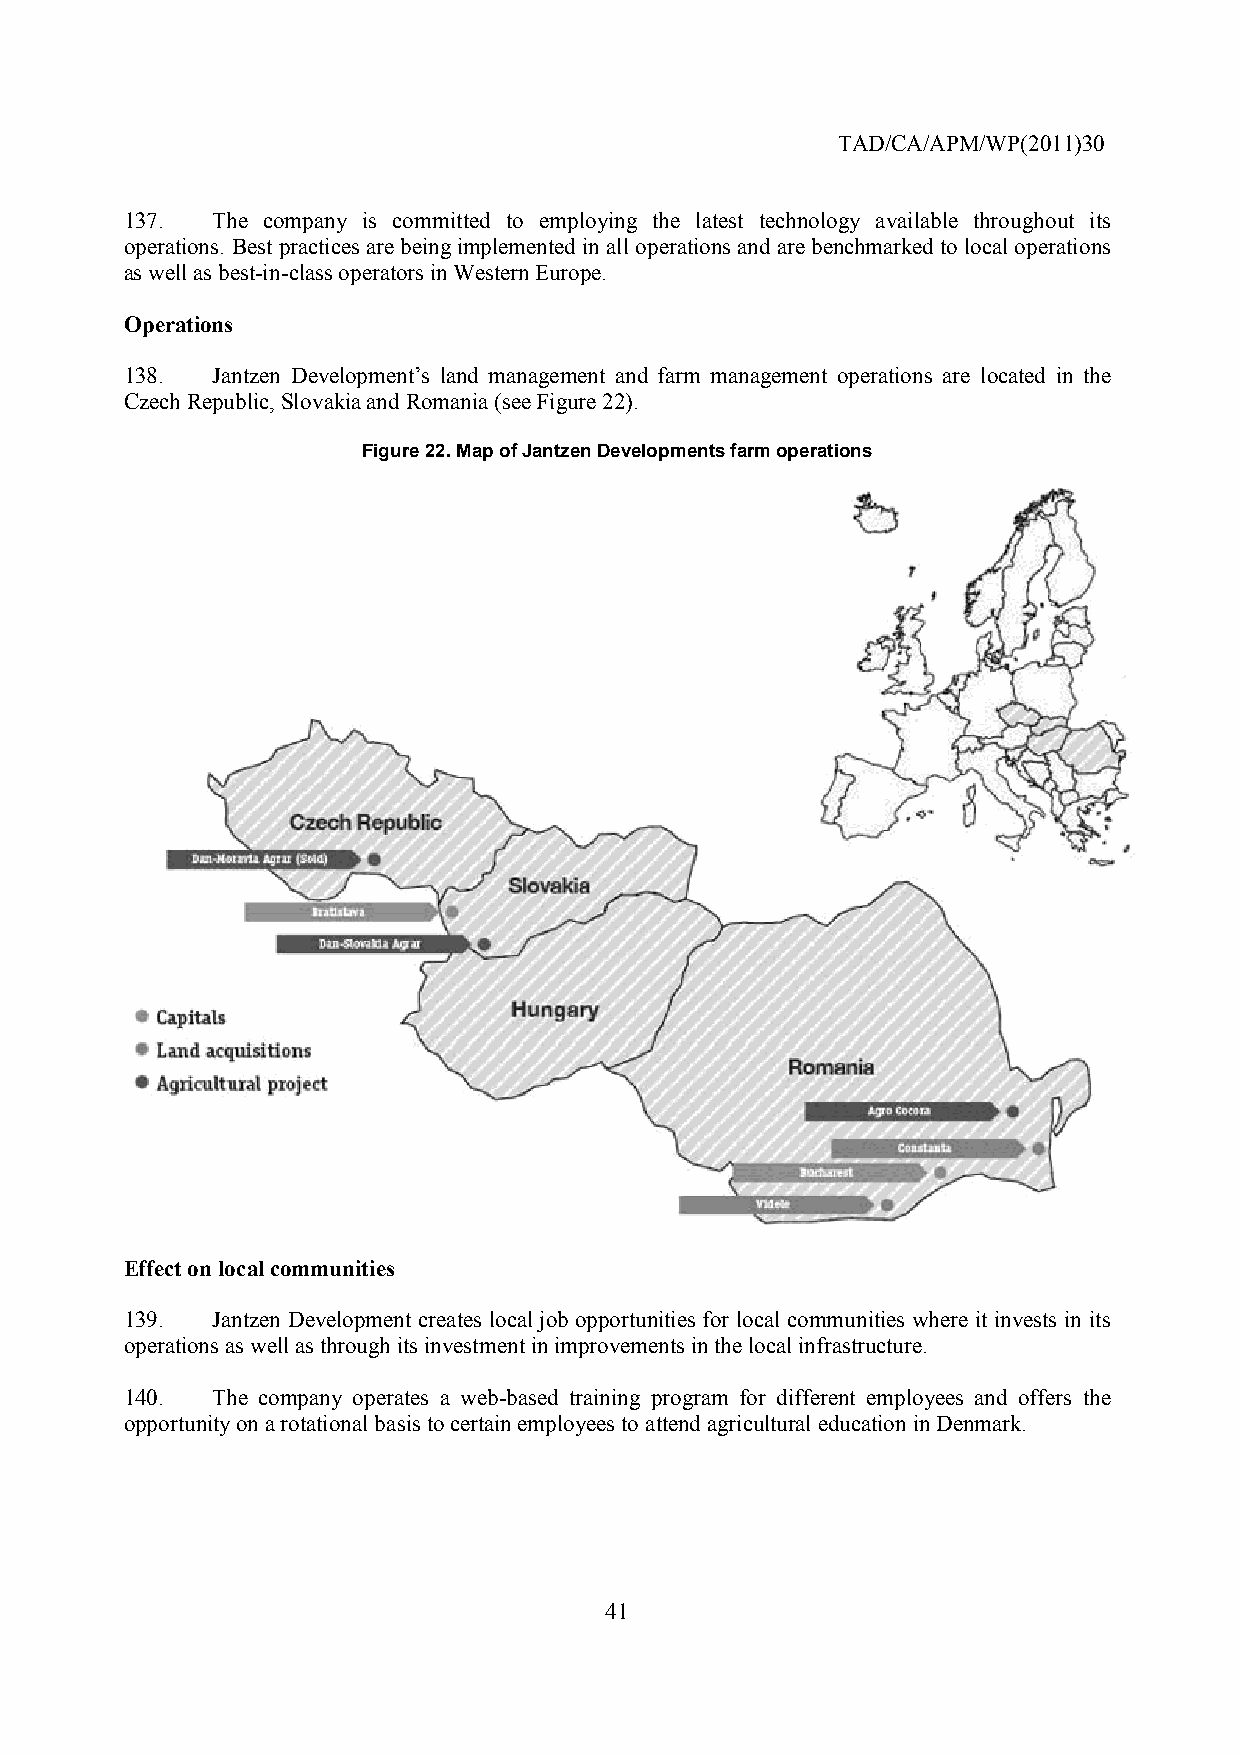
TAD/CA/APM/WP(2011)30
 137.  The company is committed to employing the latest technology available throughout its
 operations. Best practices are being implemented in all operations and are benchmarked to local operations
 as well as best-in-class operators in Western Europe.
 Operations
 138.  Jantzen Development’s land management and farm management operations are located in the
 Czech Republic, Slovakia and Romania (see Figure 22).
 Figure 22. Map of Jantzen Developments farm operations
 Effect on local communities
 139.  Jantzen Development creates local job opportunities for local communities where it invests in its
 operations as well as through its investment in improvements in the local infrastructure.
 140.  The company operates a web-based training program for different employees and offers the
 opportunity on a rotational basis to certain employees to attend agricultural education in Denmark.
 41